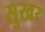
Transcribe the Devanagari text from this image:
सुखर